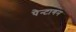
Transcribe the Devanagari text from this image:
पेन्टागन